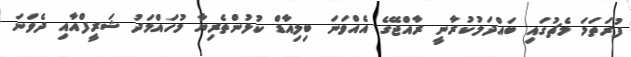
ފުރަތަމަ މެޗުގައި ބައްދަލުކުރާނީ ރާއްޖޭގެ އެއްވަނަ ބިލިއާޑް ކުޅުންތެރިޔާ މުހައްމަދު ޝަރީފްއާއި ދެވަނަ